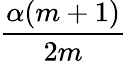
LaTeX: \frac{\alpha(m+1)}{2m}